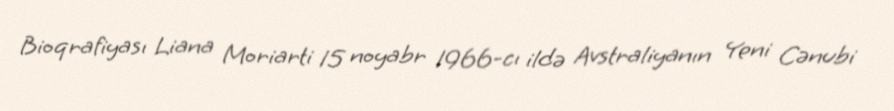
Bioqrafiyası Liana Moriarti 15 noyabr 1966-cı ildə Avstraliyanın Yeni Cənubi